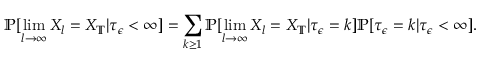
\mathbb { P } [ \operatorname* { l i m } _ { l \to \infty } X _ { l } = X _ { \mathbb { T } } | \tau _ { \epsilon } < \infty ] = \sum _ { k \ge 1 } \mathbb { P } [ \operatorname* { l i m } _ { l \to \infty } X _ { l } = X _ { \mathbb { T } } | \tau _ { \epsilon } = k ] \mathbb { P } [ \tau _ { \epsilon } = k | \tau _ { \epsilon } < \infty ] .